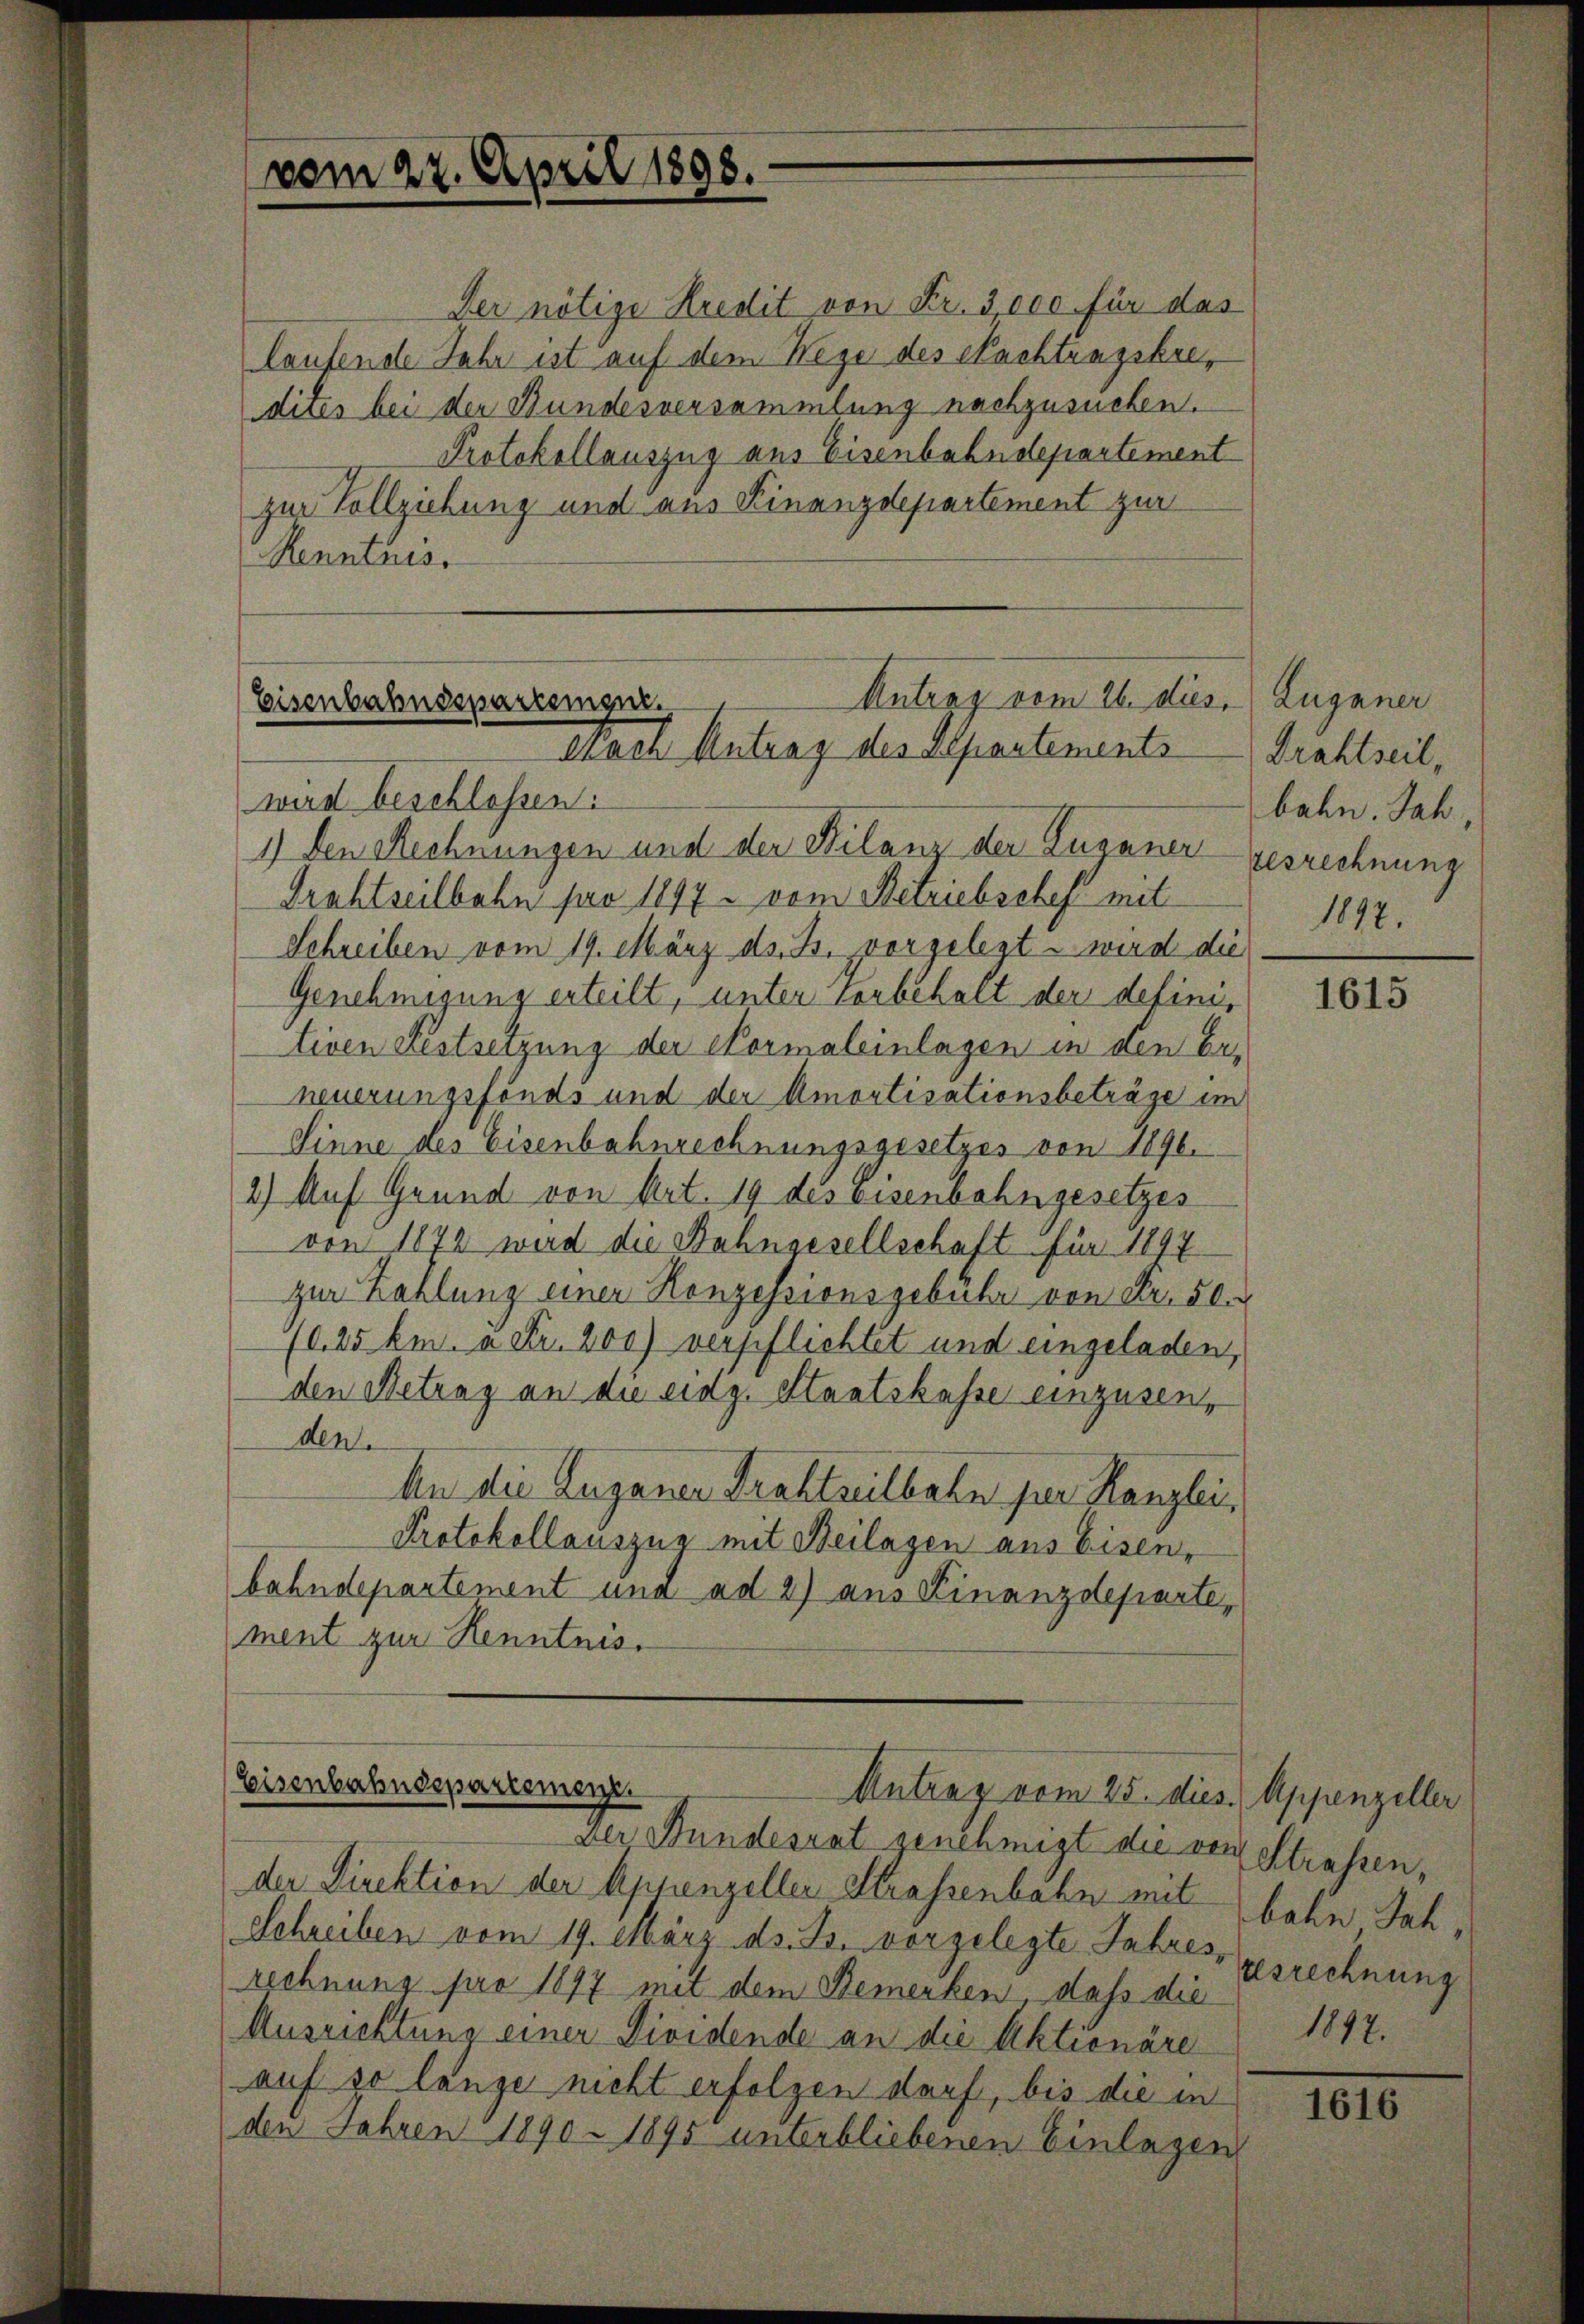
Der nötige Kredit von Fr. 3,000 für das
laufende Jahr ist auf dem Wege des Nachtungskredites bei der Bundesversammlung nachzusuchen.
Protokollauszug aus Eisenbahndepartement
zur Vollziehung und aus Finanzdepartement zur
Renntäus

vom 22. April 1898.

wird beschlossen:
1) den Rechnungen und der Bilanz der Zuganer-Gesrechnung
Drahtseilbahn pro 1897 - vom Betriebschef mit
Schreiben vom 19. März ds. B. vorgelegt - wird die
Genehmigung erteilt, unter Vorbehalt der definitiven Festsetzung der Normaleinlagen in den be-
neuerungsfonds und der Amortisationsbeträge im
Sinne des Eisenbahnrechnungsgesetzes von 1890.
2) Auf Grund von Art. 19 des Eisenbahngesetzes
von 1872 wird die Bahngesellschaft für 1897
zur Zahlung einer Konzessionsgebühr von Fr. 50.
(025 km. à Fr. 200) verpflichtet und eingeladen,
den Betrag an die eidg. Staatskasse einzusen,
den
An die Luganer Traktreitbahn per Kanzlei,
Protokollauszug mit Beilagen aus Eisen,
bahndepartement und ad 2) aus Finanzdeparte,
ment zur Kenntnis.

Antrag vom 26. dies
Eisenbahnsspartemen
Nach Antrag des Departements

Eisenbahndepartement
Antrag vom 25. dies Appenzeller

Der Bundesrat genehmigt die von Strassen,
der Direktion der Appenzeller Strassenbahn mit bahn Jah,
Schreiben vom 19. März d. Js. vorgelegte. Jahres gesrechnung
rechnung pro 1897 mit dem Bemerken, daß die
Ausrichtung einer Divistende an die Aktionäre 1897.
auf so länge nicht erfolgen darf, bis die in
den Jahren 1890 - 1895 unterbliebenen Einlagen

Zuganer
Drahtseil,
bahn. Jah
1897.

1615

1616